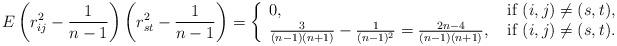
LaTeX: \begin{align*}E\left(r_{ij}^2-\frac{1}{n-1}\right)\left(r_{st}^2-\frac{1}{n-1}\right)=\left\{ \begin{array}{ll} 0, & \hbox{ if } (i,j)\ne (s,t),\\ \frac{3}{(n-1)(n+1)}-\frac{1}{(n-1)^2}=\frac{2n-4}{(n-1)(n+1)}, & \hbox{ if } (i,j)\ne (s,t). \end{array} \right.\end{align*}